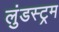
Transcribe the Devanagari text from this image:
लुंडस्ट्रम